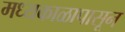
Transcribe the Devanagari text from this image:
मध्यकाळापासून